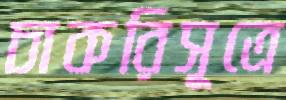
চাকরিসূত্রে